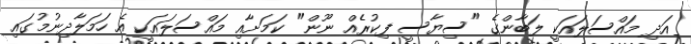
އަދި މައްސަލައަކީ ލަބާންގެ "ސިޔާސީ ފިކުރެއް ނޫން" ކަމަށާއި މައްސަލައަކީ އެ ހަމަލާދިނުމުގައި